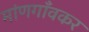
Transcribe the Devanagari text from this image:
मांणगाँवकर